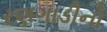
રણગાડીનો